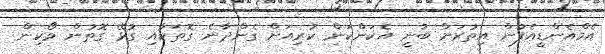
އެމްއެންޑީއެފުން އިތުރަށް ބުނީ އެކަންކަން ކުރިއަށް ގެންދާނެ ގޮތަކާއި ގުޅޭ ގޮތުން ވޯކިން